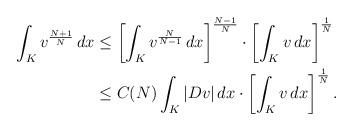
LaTeX: \begin{align*} \int_{K} v^{\frac{N+1}{N}} \,dx &\leq \left[\int_{K} v^{\frac{N}{N-1}} \,dx\right]^{\frac{N-1}{N}} \cdot \left[\int_{K} v \,dx\right]^{\frac{1}{N}} \\ &\leq C(N) \int_{K} |Dv| \,dx \cdot \left[\int_{K} v \,dx\right]^{\frac{1}{N}}. \end{align*}